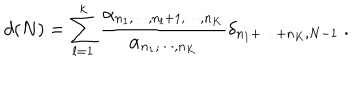
LaTeX: d ( N ) = \sum _ { l = 1 } ^ { k } \frac { \alpha _ { n _ { 1 } , \cdots , n _ { l } + 1 , \cdots , n _ { K } } } { \alpha _ { n _ { 1 } , \cdots , n _ { K } } } \delta _ { n _ { 1 } + \cdots + n _ { K } , N - 1 } \ .